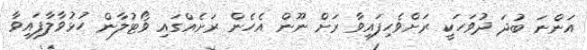
އަންނަ ބުދަ ދުވަހަކީ ރަށްވެހިފައިވާ ރަށް ނޫން އެހެން ރަށެއްގައި ވޯޓުލާން ހުޅުވާލާފައިވާ